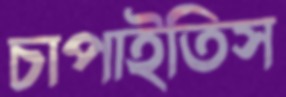
চাপাইতিস